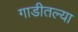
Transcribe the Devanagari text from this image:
गाडीतल्या